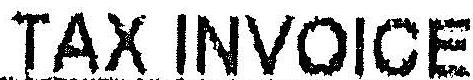
TAX INVOICE